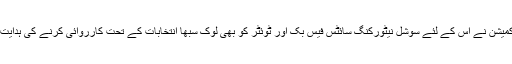
انتخابی کمیشن نے اس کے لئے سوشل نیٹورکنگ سائٹس فیس بک اور ٹوئٹر کو بھی لوک سبھا انتخابات کے تحت کارروائی کرنے کی ہدایت دی ہے۔